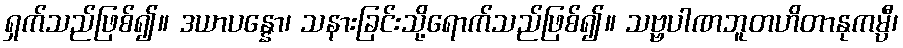
ရှက်သည်ဖြစ်၍။ ဒယာပန္နော၊ သနားခြင်းသို့ရောက်သည်ဖြစ်၍။ သဗ္ဗပါဏဘူတဟိတာနုကမ္ပီ၊